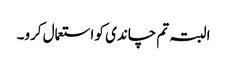
البتہ تم چاندی کو استعمال کرو۔